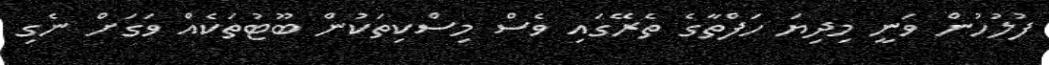
ފުލުހުން ވަނީ މިދިޔަ ހަފްތާގެ ތެރޭގައި ވެސް މިސްކިތަކުން ބޫޓުތަކެއް ވަގަށް ނެގި